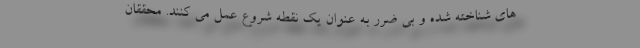
های شناخته شده و بی ضرر به عنوان یک نقطه شروع عمل می کنند. محققان